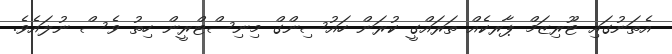
އެތަނުގައި ޓޫރިޒަމް ޕާރކެއް ތަރައްގީ ކުރަން ހައުސިންގް މިނިސްޓްރީން ހިތު ވެސް ނުލައެވެ.